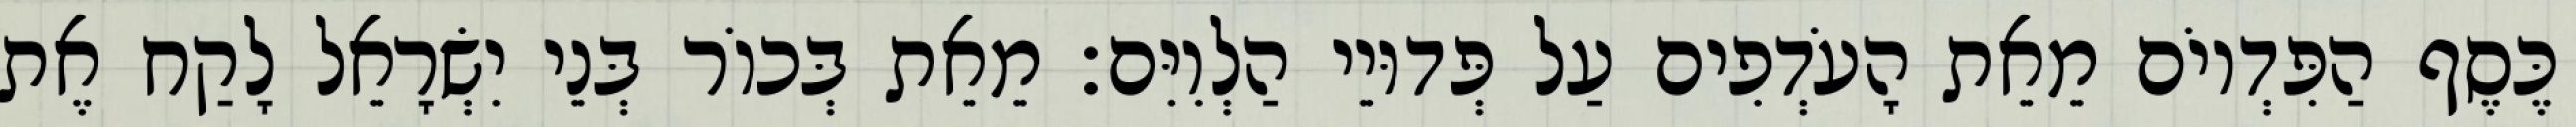
כֶּסֶף הַפִּדְיוֹם מֵאֵת הָעֹדְפִים עַל פְּדוּיֵי הַלְוִיִּם׃ מֵאֵת בְּכוֹר בְּנֵי יִשְׂרָאֵל לָקַח אֶת